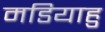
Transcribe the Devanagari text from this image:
मडियाहु